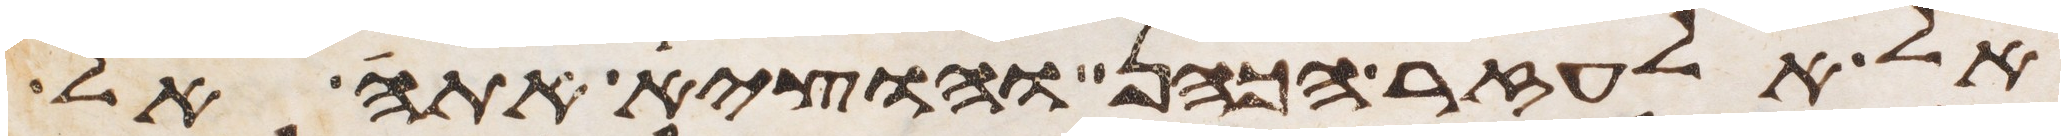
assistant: אל אלעזר הכהן והוציא אתה אל